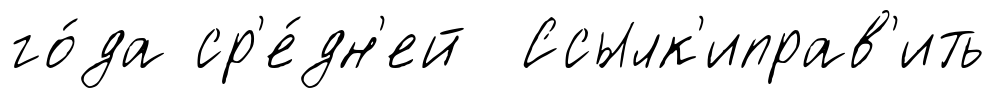
го́да ср'е́дн'ей Ссылк'иправ'ить